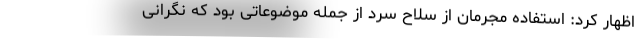
اظهار کرد: استفاده مجرمان از سلاح سرد از جمله موضوعاتی بود که نگرانی